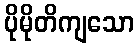
ပိုမိုတိကျသော